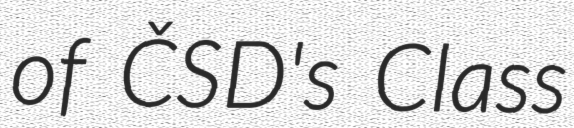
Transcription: of ČSD's Class